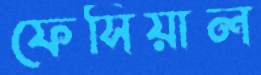
ফেসিয়াল